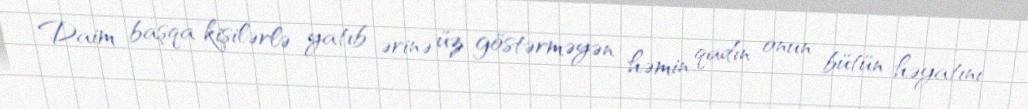
Daim başqa kişilərlə yatıb ərinə üz göstərməyən həmin qadın onun bütün həyatını